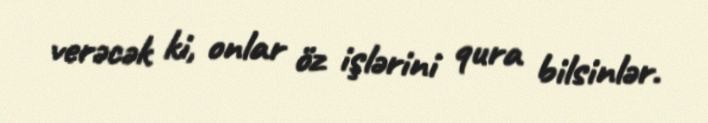
verəcək ki, onlar öz işlərini qura bilsinlər.